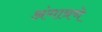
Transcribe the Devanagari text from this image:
अंगात्रणे